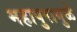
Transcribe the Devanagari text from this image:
महापुरामुळे